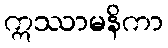
ဣဿာမနိကာ